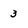
Character: 3